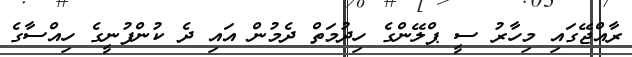
ރާއްޖޭގައި މިހާރު ސީ ޕްލޭންގެ ހިދުމަތް ދެމުން އައި ދެ ކުންފުނީގެ ހިއްސާގެ